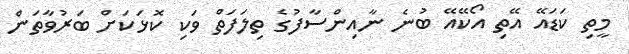
މީތި ކަޑައޭ އޭތި އޯކޭއޭ ބުނެ ނާއިންސާފުގެ ތިލަފަތް ވަކި ކޮޅަކަށް ބަރުވާތަން